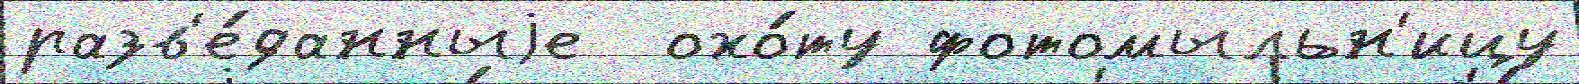
разв'е́данныjе  охо́ту фотомыльн'ицу